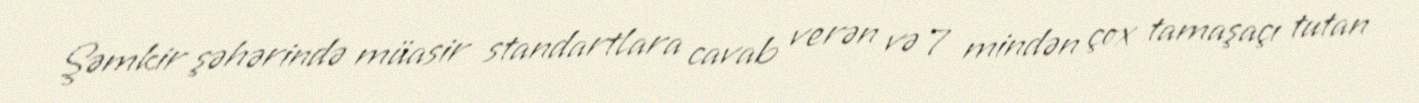
Şəmkir şəhərində müasir standartlara cavab verən və 7 mindən çox tamaşaçı tutan